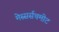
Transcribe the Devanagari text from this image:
मेस्सर्सचमीट